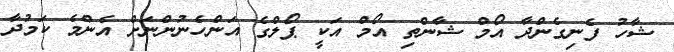
ޝާހު ފެނިގެންދާ އޯމް ޝާންތި އޯމް އަކީ ޕޯލްގެ އަންހެނުންނަށް އެންމެ ކަމުދާ